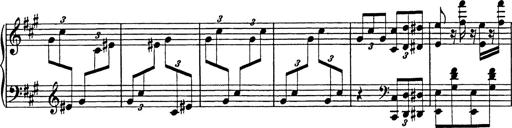
Title: Galop in A minor
Composer: Franz Liszt
Key: A minor